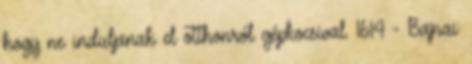
hogy ne induljanak el otthonról gépkocsival. 16:14 - Bajnai: